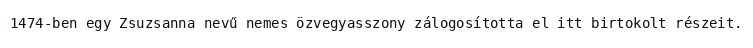
1474-ben egy Zsuzsanna nevű nemes özvegyasszony zálogosította el itt birtokolt részeit.